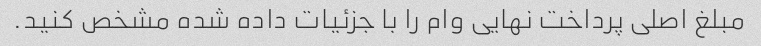
مبلغ اصلی پرداخت نهایی وام را با جزئیات داده شده مشخص کنید.